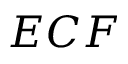
E C F